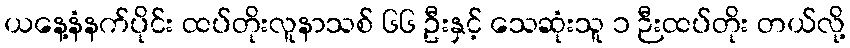
ယနေ့နံနက်ပိုင်း ထပ်တိုးလူနာသစ် ၆၆ ဦးနှင့် သေဆုံးသူ ၁ ဉီးထပ်တိုး တယ်လို့